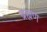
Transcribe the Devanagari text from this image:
ब्रह्मण